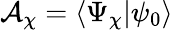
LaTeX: \mathcal{A}_{\chi}=\langle\Psi_{\chi}|\psi_{0}\rangle